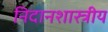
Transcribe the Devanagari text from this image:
निदानशास्त्रीय